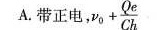
A.带正电， $$v _ { 0 } + \frac { Q _ { e } } { C h }$$